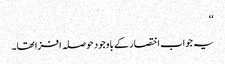
‘‘
یہ جواب اختصار کے باوجود حوصلہ افزا تھا۔